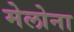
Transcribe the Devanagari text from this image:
मेलोना